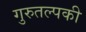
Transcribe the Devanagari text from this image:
गुरुतल्पकी